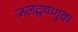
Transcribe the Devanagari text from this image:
जलद्वयणुक